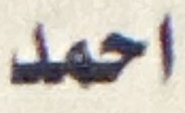
احمد